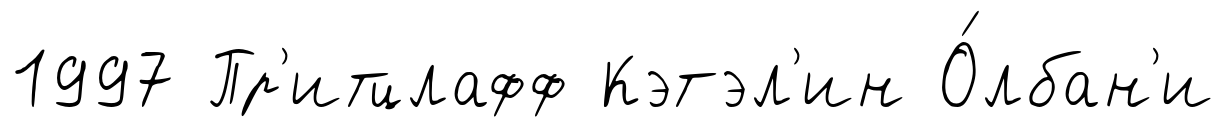
1997 Пр'итцлафф Кэтэл'ин О́лбан'и